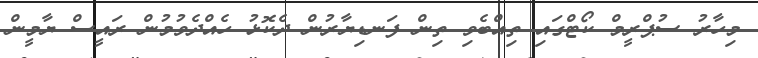
މިހާރު ސުޕްރީމް ކޯޓްގައި ތިއްބެވި ތިން ފަނޑިޔާރުން ދެކޮޅު ހެއްދެވުމުން ރައީސް ޔާމީން